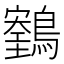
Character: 𪆕